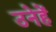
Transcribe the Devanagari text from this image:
उनेहें